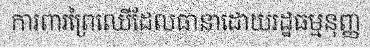
ការពារព្រៃឈើដែលធានាដោយរដ្ឋធម្មនុញ្ញ